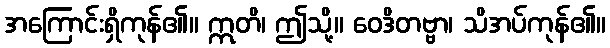
အကြောင်းရှိကုန်၏။ ဣတိ၊ ဤသို့။ ဝေဒိတဗ္ဗာ၊ သိအပ်ကုန်၏။